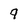
Character: 9